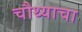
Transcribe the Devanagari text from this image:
चौथ्याचा